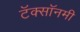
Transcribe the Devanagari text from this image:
टॅक्सॉनमी